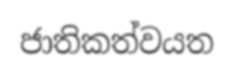
ජාතිකත්වයත